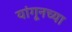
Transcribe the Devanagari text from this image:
यांगूनच्या